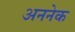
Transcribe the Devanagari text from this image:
अननेक